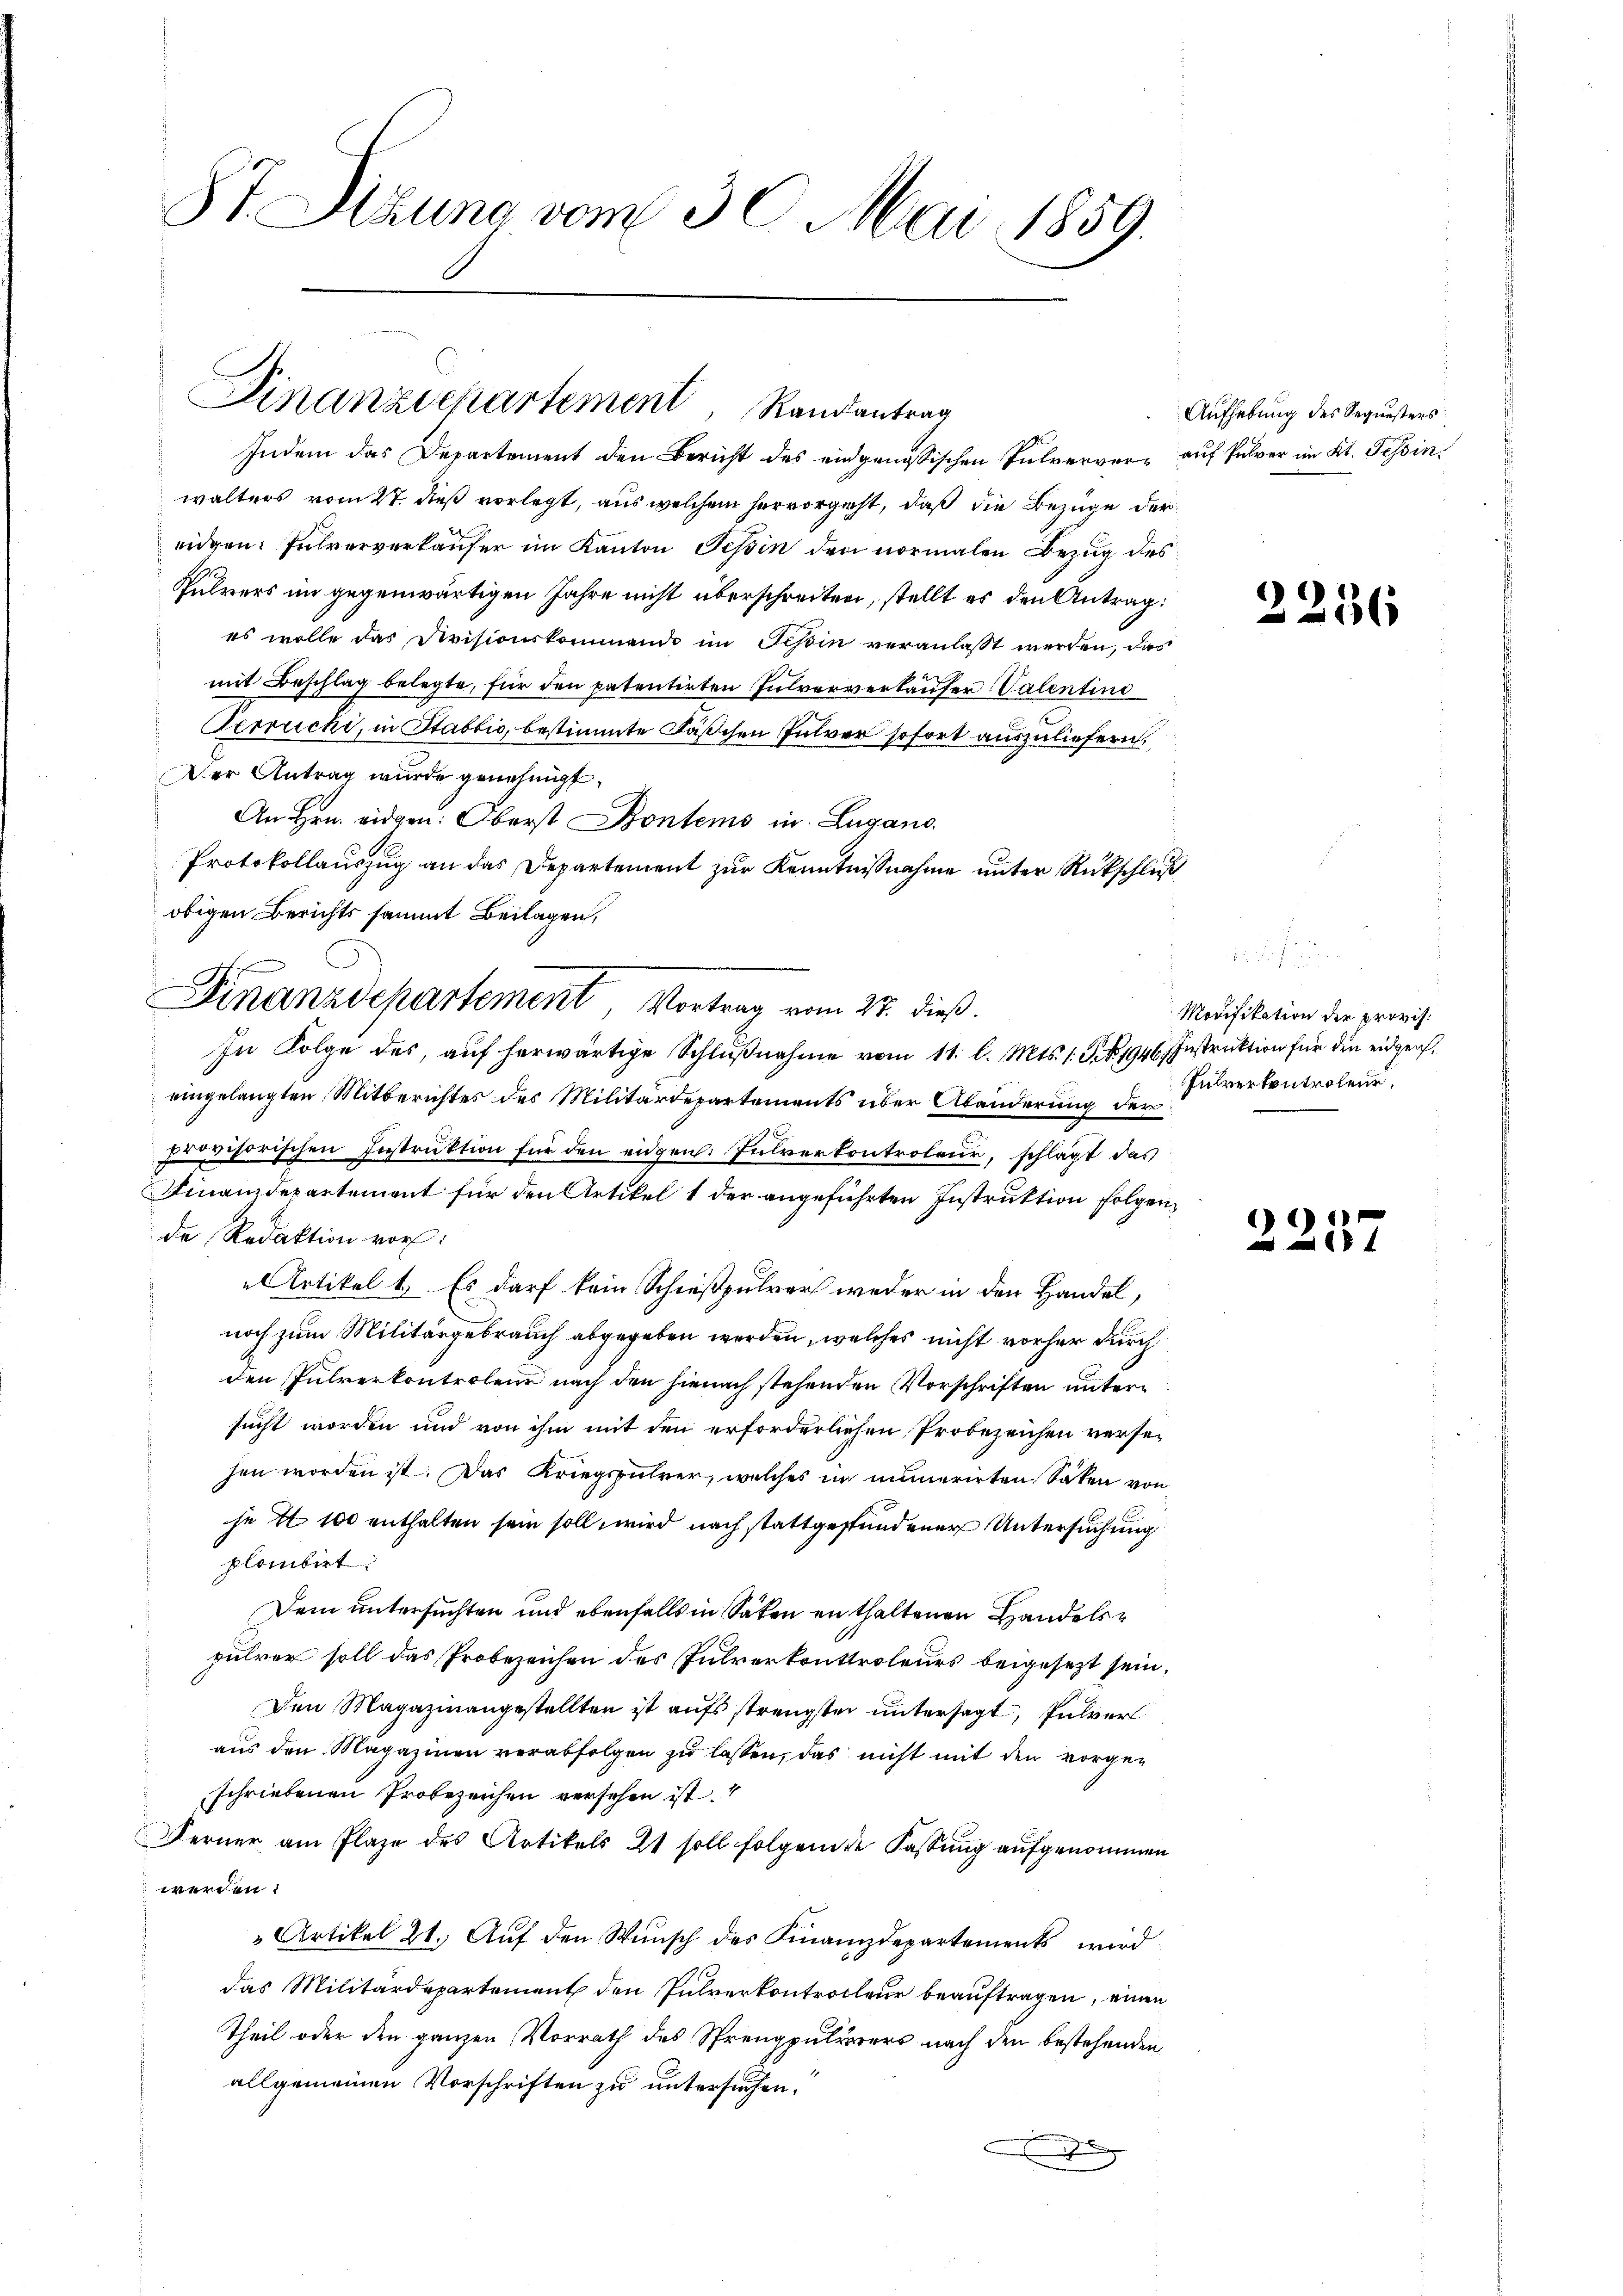
87. Dezuna vom 30. Mai 1859.

Finanzdepartement, Randantrag

Indem das Departement den Bericht des eidgenössischen Pulverver- auf Pulver im Kt. Tessin
walters vom 27. dieß vorlegt, aus welchem hervorgeht, daß die Bezüge der
eidgen. Pulververkäufer im Kanton Tessin den vormalen Bezug des
.
Pulrers im gegenwärtigen Jahre nicht überschreiten, stellt es den Antrag:
es wolle das Divisionskommando im Tessin veranlasst werden, das
mit Beschlag belegte, für den patentirten Pulververkäufer Valentind
Perrücki, in Stablis, bestimmte Fäßchen Inlver sofort auszuliefern.
Der Antrag wurde genehmigt.
An Hrn. eidgen: Oberst Kontems in Lugano
Protokollauszug an das Departement zur Kenntnißnahme unter Rückschluß
obigen Berichts sammt Beilagen,
In Folge des, auf herwärtige Schlußnahme vom 11. l. Mts. 1. S. 1946. Instruktion für die eidgen.
eingelangten Mitberichtes des Militärdepartements über Abänderung der
provisorischen Instruktion für den eidgen. Julverkontroleur, schlägt das
Finanzdepartement für den Artikel 1 der angeführten Instruktion folgende Redaktion vor
Artikel 1.) Es darf kein Schießpulver weder in den Handel,
noch zum Militärgebrauch abgegeben werden, welches nicht vorher durch
den Julrerkontroleur nach den hienach stehenden Vorschriften untere
sucht worden und von ihm mit den erforderlichen Probezeichen versehen worden ist. Das Kriegsführer, welches in numerirten Saken von
se I 100 enthalten sein soll wird nach stattgefundener Untersuchung
plambirt.
Dem untersuchten und ebenfalls in Säten enthaltenen Handelspulver soll das Probezeichen des Pulverkontroleurs beigesezt sein,
Den Magazin angestellten ist aufs strengster untersagt, Pulver
aus den Magazinen verabfolgen zu lassen, das nicht mit den vorgeschriebenen Probezeichen versehen ist
Ferner am Plaze des Artikels 21 soll folgenden Fassung aufgenommen
werden.
3 Artikel 21. Auf den Wunsch des Finanzdepartements wird
das Militärdepartement den Pulverkontrolleur beauftragen, einen
Theil oder den ganzen Vorrath des Sprengpulverers nach den bestehenden
allgemeinen Vorschriften zu untersuchen.
x

Finanzdepartement Vortrag vom 27. dieß.

Aufhebung des Sequesters

d

Modifikation der provis.
Intrer kontroleur,

9
8

256